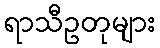
ရာသီဥတုများ